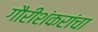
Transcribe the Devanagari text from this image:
गौरीशंकरांचा